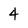
Character: 4